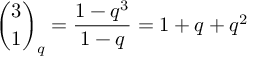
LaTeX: { \binom { 3 } { 1 } } _ { q } = { \frac { 1 - q ^ { 3 } } { 1 - q } } = 1 + q + q ^ { 2 }